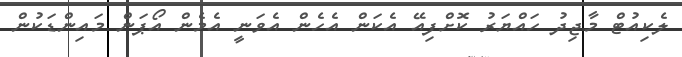
ލެކިއުޓް މާޖިދު ހައްޔަރު ކޮށްފިއޭ އެކަން އެހެން އެވަނީ އެމެން އޯޕަން މައިންޑަކުން